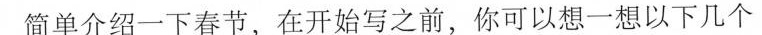
简单介绍一下春节,在开始写之前,你可以想一想以下几个